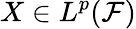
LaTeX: X\in L^{p}({\mathcal{F}})